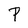
Character: P